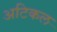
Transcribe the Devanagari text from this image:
अटिकल